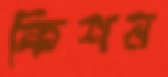
কিশন